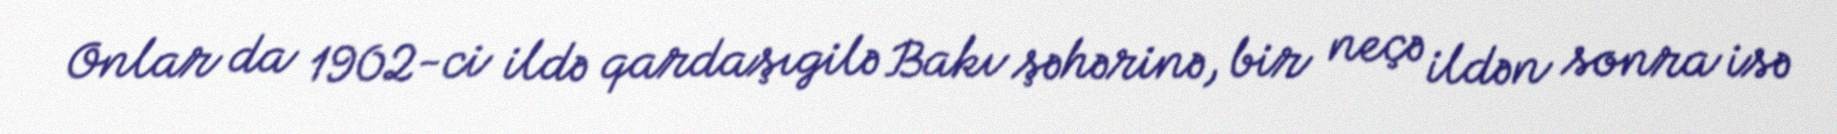
Onlar da 1902-ci ildə qardaşıgilə Bakı şəhərinə, bir neçə ildən sonra isə